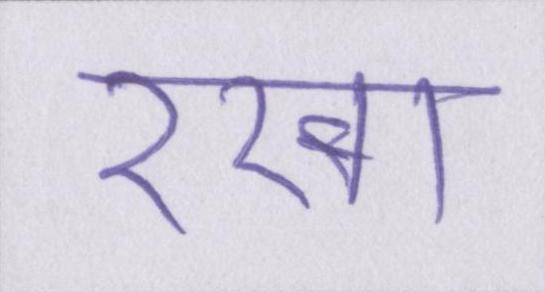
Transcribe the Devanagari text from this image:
रखा